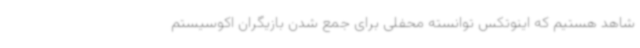
شاهد هستیم که اینوتکس توانسته محفلی برای جمع شدن بازیگران اکوسیستم